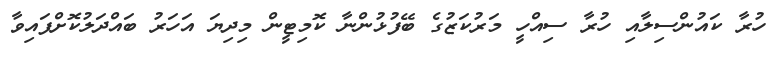
ހުރާ ކައުންސިލާއި ހުރާ ސިއްހީ މަރުކަޒުގެ ބޭފުޅުންނާ ކޮމިޓީން މިދިޔަ އަހަރު ބައްދަލުކޮށްފައިވާ